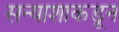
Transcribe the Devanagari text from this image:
सन्याशाकडून